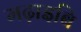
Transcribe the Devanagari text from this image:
मढ़ाइबि